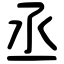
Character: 丞